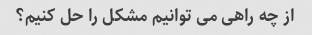
از چه راهی می توانیم مشکل را حل کنیم؟